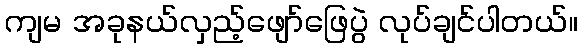
ကျမ အခုနယ်လှည့်ဖျော်ဖြေပွဲ လုပ်ချင်ပါတယ်။